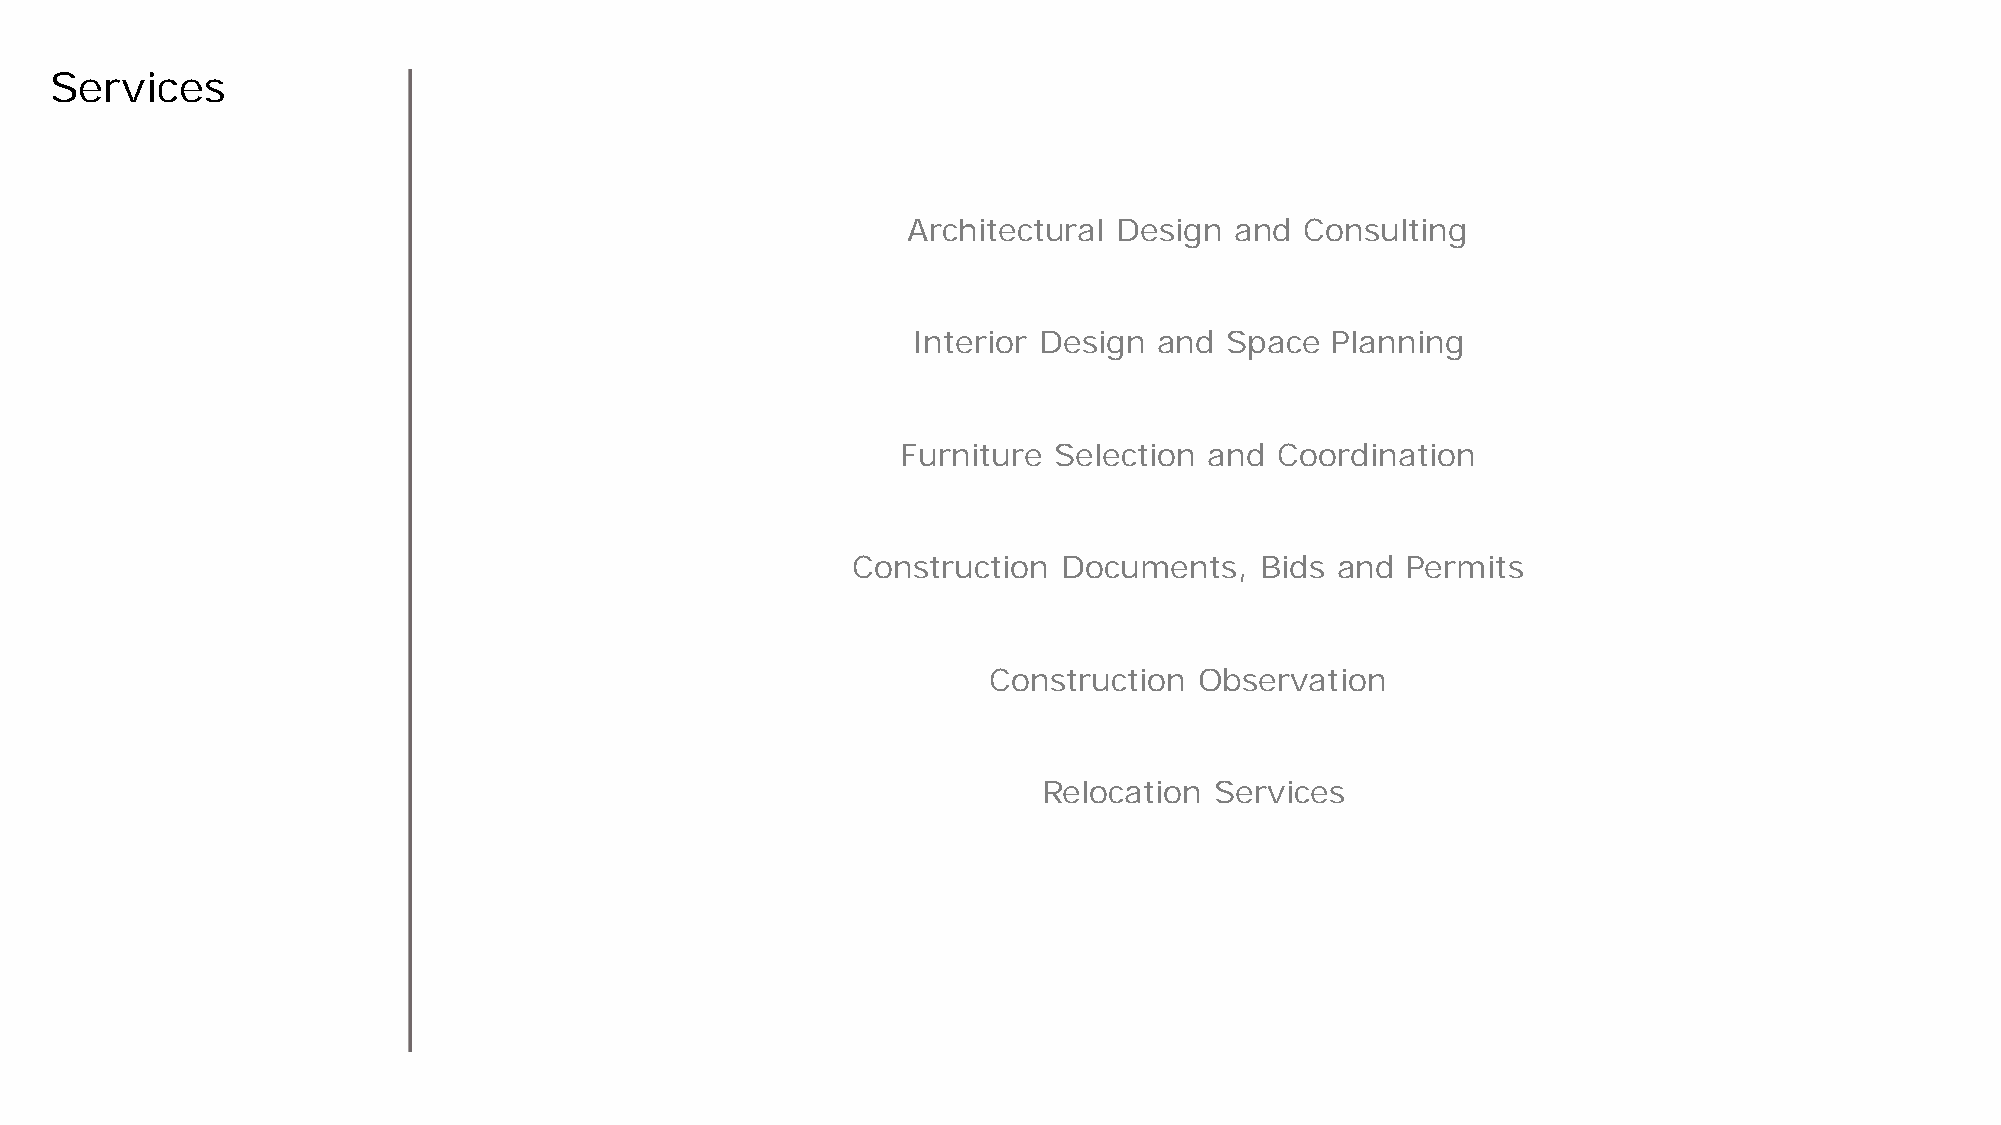
Services
 Architectural Design  and Consulting
 Interior Design  and Space  Planning
 Furniture Selection and  Coordination
 Construction  Documents,   Bids  and Permits
 Construction  Observation
 Relocation Services